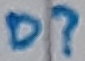
Text: D?